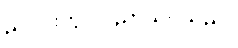
ညပိုင်းတွင် ပညာသင်သည်။